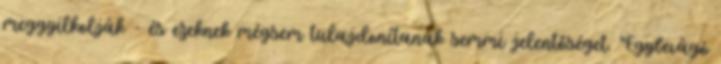
meggyilkolják - és ezeknek mégsem tulajdonítanak semmi jelentőséget. "Egybevágó